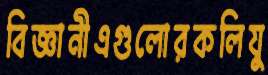
বিজ্ঞানীএগুলোরকলিযু